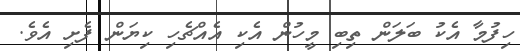
ހިފުމާ އެކު ބަލަން ތިބި މީހުން އެކި އެއްޗެހި ކިޔަން ފެށި އެވެ.